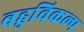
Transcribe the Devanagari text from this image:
बहुविकल्प